Indian journal of veterinary science and animal husbandry - Volume 8,
Year: 1938
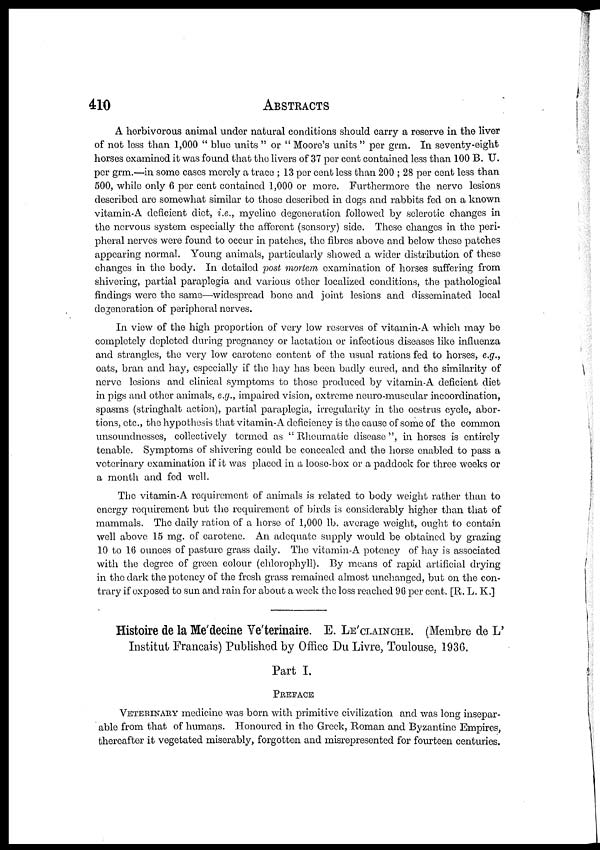
410
ABSTRACTS
A herbivorous animal under natural conditions should carry a reserve in the liver
of not less than 1,000 " blue units " or " Moore's units " per grm. In seventy-eight
horses examined it was found that the livers of 37 per cent contained less than 100 B. U.
per grm.—in some cases merely a trace ; 13 per cent less than 200 ; 28 per cent less than
500, while only 6 per cent contained 1,000 or more. Furthermore the nerve lesions
described are somewhat similar to those described in dogs and rabbits fed on a known
vitamin-A deficient diet, i.e., myeline degeneration followed by sclerotic changes in
the nervous system especially the afferent (sensory) side. These changes in the peri-
pheral nerves were found to occur in patches, the fibres above and below these patches
appearing normal. Young animals, particularly showed a wider distribution of these
changes in the body. In detailed post mortem examination of horses suffering from
shivering, partial paraplegia and various other localized conditions, the pathological
findings were the same—widespread bone and joint lesions and disseminated local
degeneration of peripheral nerves.
In view of the high proportion of very low reserves of vitamin-A which may be
completely depleted during pregnancy or lactation or infectious diseases like influenza
and strangles, the very low carotene content of the usual rations fed to horses, e.g.,
oats, bran and hay, especially if the hay has been badly cured, and the similarity of
nerve lesions and clinical symptoms to those produced by vitamin-A deficient diet
in pigs and other animals, e.g., impaired vision, extreme neuro-muscular incoordination,
spasms (stringhalt action), partial paraplegia, irregularity in the oestrus cycle, abor-
tions, etc., the hypothesis that vitamin-A deficiency is the cause of some of the common
unsoundnesses, collectively termed as " Rheumatic disease ", in horses is entirely
tenable. Symptoms of shivering could be concealed and the horse enabled to pass a
veterinary examination if it was placed in a loose-box or a paddock for three weeks or
a month and fed well.
The vitamin-A requirement of animals is related to body weight rather than to
energy requirement but the requirement of birds is considerably higher than that of
mammals. The daily ration of a horse of 1,000 lb. average weight, ought to contain
well above 15 mg. of carotene. An adequate supply would be obtained by grazing
10 to 16 ounces of pasture grass daily. The vitamin-A potency of hay is associated
with the degree of green colour (chlorophyll). By means of rapid artificial drying
in the dark the potency of the fresh grass remained almost unchanged, but on the con-
trary if exposed to sun and rain for about a week the loss reached 96 per cent. [R. L. K.]
Histoire de la Me'decine Ve'terinaire. E. LE' CLAINCHE. (Membre de L'
Institut Francais) Published by Office Du Livre, Toulouse, 1936.
Part I.
PREFACE
VETERINARY medicine was born with primitive civilization and was long insepar-
able from that of humans. Honoured in the Greek, Roman and Byzantine Empires,
thereafter it vegetated miserably, forgotten and misrepresented for fourteen centuries.